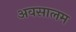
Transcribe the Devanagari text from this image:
अवसालम